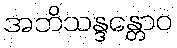
အဘိသန္ဒန္တောဝ